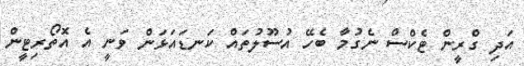
އަދި ގްރީން ޓެކްސް ނެގުމާ ބެހޭ އުސޫލުތައް ކަނޑައަޅަން ވަނީ އެ އޮތޯރިޓީން